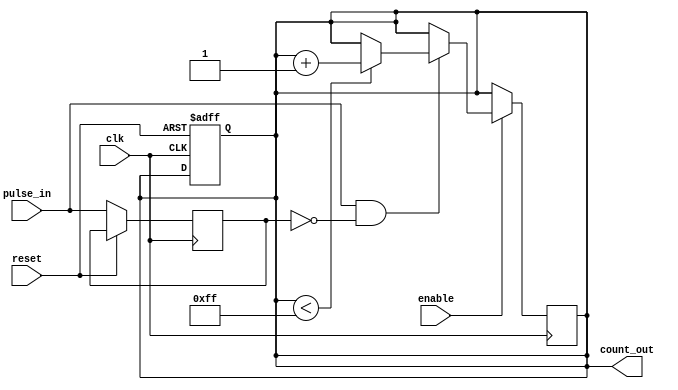
module pulse_counter #(
    parameter COUNT_WIDTH = 8  // Configure the bit-width of the counter
)(
    input wire clk,            // Clock signal
    input wire reset,          // Asynchronous reset signal
    input wire pulse_in,       // Pulse input signal
    input wire enable,         // Enable signal for counting
    output reg [COUNT_WIDTH-1:0] count_out // Output count
);

    // Internal signal to detect rising edge of pulse_in
    reg pulse_in_d; // Delayed version of pulse_in

    always @(posedge clk or posedge reset) begin
        if (reset) begin
            count_out <= 0; // Reset count to zero
        end else begin
            pulse_in_d <= pulse_in; // Store the current pulse_in value
        end
    end

    always @(posedge clk) begin
        if (enable) begin
            // Count the rising edge of pulse_in
            if (pulse_in && !pulse_in_d) begin
                if (count_out < (1 << COUNT_WIDTH) - 1) begin
                    count_out <= count_out + 1; // Increment count
                end
                // Handle overflow condition if needed
                // Currently, the counter will stop incrementing at the maximum value
            end
        end
    end

endmodule